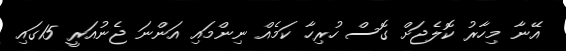
އޭނާ މިހާރު ކޮލެޖަށް ގޮސް ހުރިހާ ކަމެއް ނިންމައި އަންނަ ޖެނުއަރީ 15ގައި